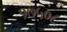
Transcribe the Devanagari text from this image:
१७५०८